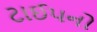
ટાઈપનો